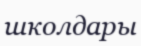
школдары